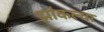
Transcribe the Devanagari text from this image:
झांकल्या